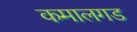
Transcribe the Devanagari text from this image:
कमालगड